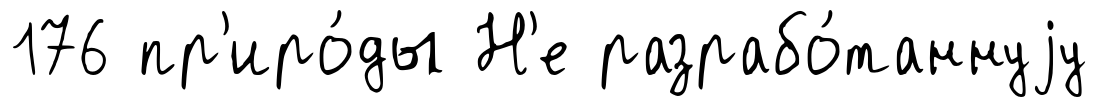
176 пр'иро́ды Н'е разрабо́таннуjу